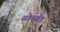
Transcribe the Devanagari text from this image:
सोनखेड